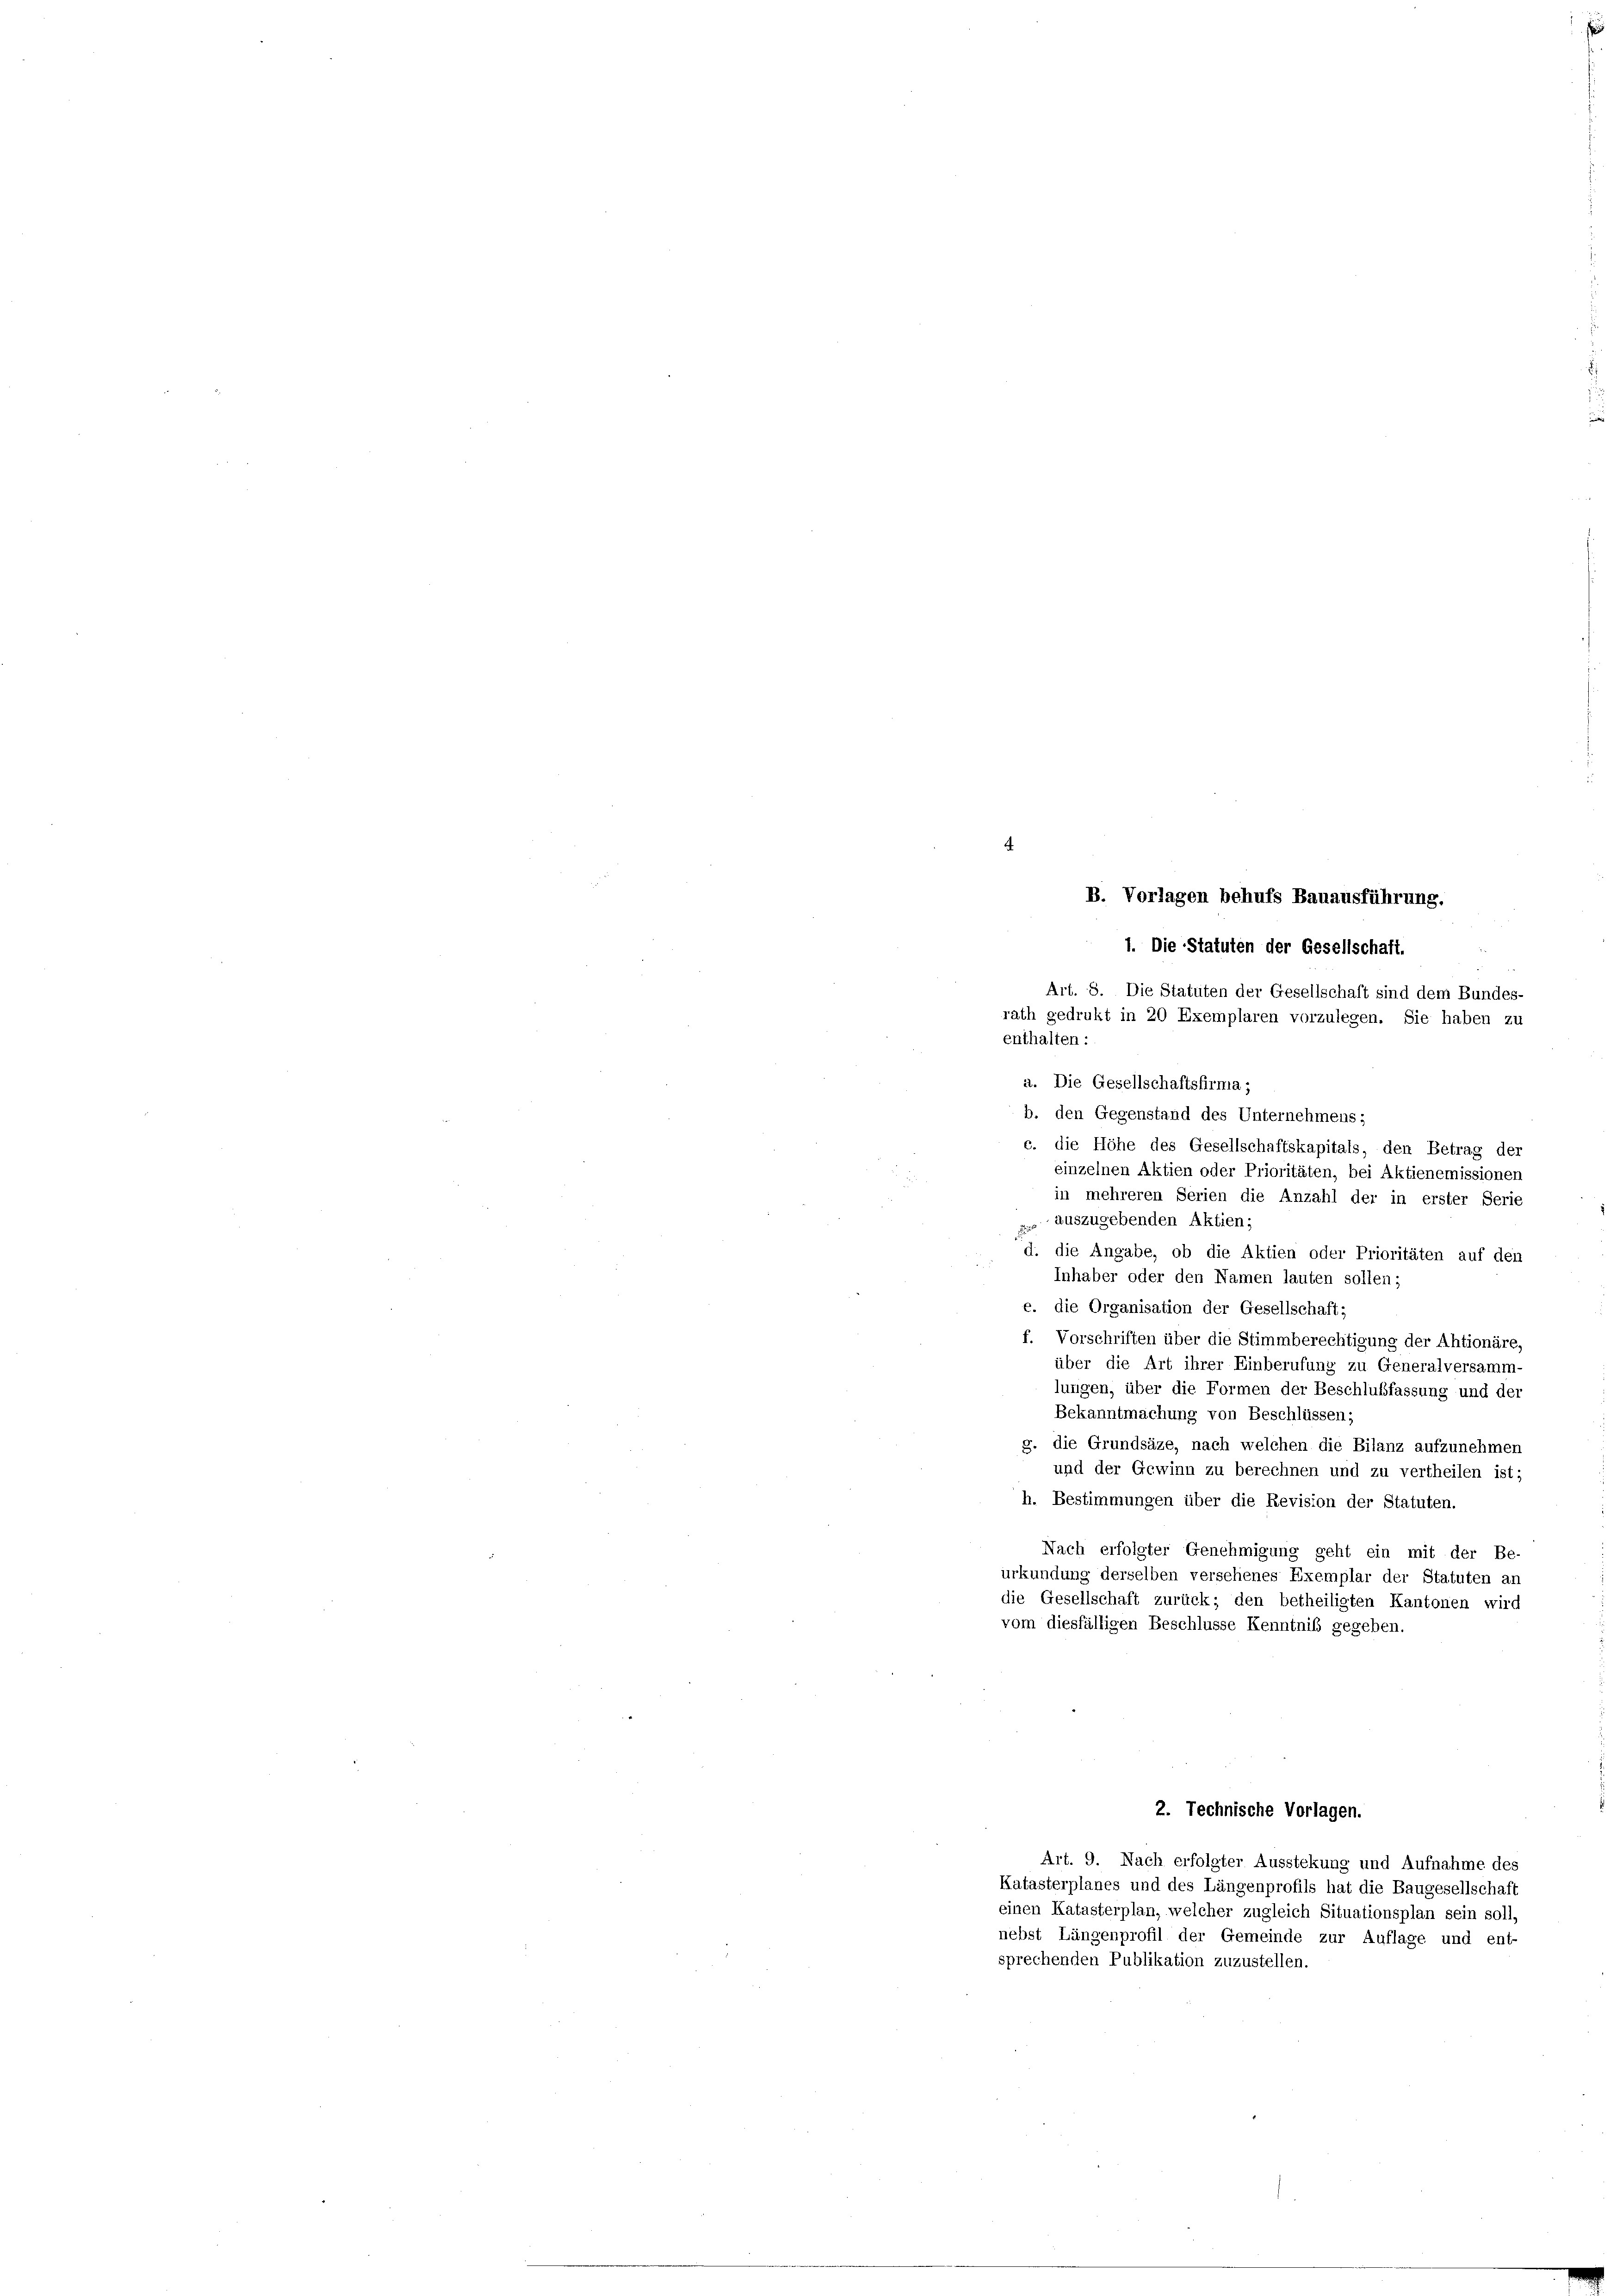
B. Vorlagen behufs Bauausführung.
1. Die Statuten der Gesellschaft.
Art. 8. Die Statuten der Gesellschaft sind dem Bundes-
rath gedrukt in 20 Exemplaren vorzulegen. Sie haben zu
enthalten:
a. Die Gesellschaftsfirma;
b. den Gegenstand des Unternehmens;
c. die Höhe des Gesellschaftskapitals, den Betrag der
einzelnen Aktien oder Prioritäten, bei Aktienemissionen
in mehreren Serien die Anzahl der in erster Serie
 auszugebenden Aktien;
d. die Angabe, ob die Aktien oder Prioritäten auf den
Inhaber oder den Namen lauten sollen;
e. die Organisation der Gesellschaft;
f. Vorschriften über die Stimmberechtigung der Ahtionäre,
über die Art ihrer Einberufung zu Generalversamm-
lungen, über die Formen der Beschlußfassung und der
Bekanntmachung von Beschlüssen;
g. die Grundsäze, nach welchen die Bilanz aufzunehmen
und der Gewinn zu berechnen und zu vertheilen ist;
h. Bestimmungen über die Revision der Statuten.
Nach erfolgter Genehmigung geht ein mit der Be-
urkundung derselben versehenes Exemplar der Statuten an
die Gesellschaft zurück; den betheiligten Kantonen wird
vom diesfälligen Beschlüsse Kenntniß gegeben.
2. Technische Vorlagen.
Art. 9. Nach erfolgter Ausstekung und Aufnahme des
Katasterplanes und des Längenprofils hat die Baugesellschaft
einen Katasterplan, welcher zugleich Situationsplan sein soll,
nebst Längenprofil der Gemeinde zur Auflage und ent-
sprechenden Publikation zuzustellen.